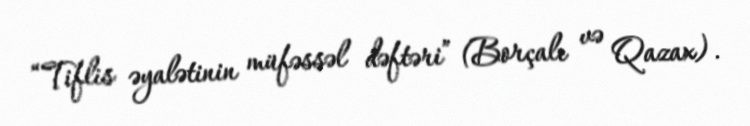
“Tiflis əyalətinin müfəssəl dəftəri” (Borçalı və Qazax).